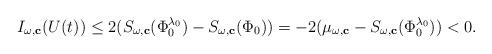
LaTeX: \begin{align*}I_{\omega,\mathbf{c}}(U(t))\le 2(S_{\omega,\mathbf{c}}(\Phi_0^{\lambda_0})-S_{\omega,\mathbf{c}}(\Phi_0))=-2(\mu_{\omega,\mathbf{c}}-S_{\omega,\mathbf{c}}(\Phi_0^{\lambda_0}))<0. \end{align*}